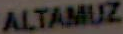
ALTAMUZ